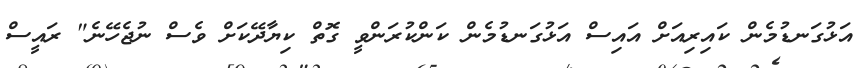
އަޅުގަނޑުމެން ކައިރިއަށް އައިސް އަޅުގަނޑުމެން ކަންކުރަންވީ ގޮތް ކިޔާދޭކަށް ވެސް ނުޖެހޭނެ" ރައީސް